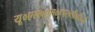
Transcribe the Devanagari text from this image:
यू०एस०एस०हूपर०डी०डी०जी